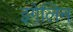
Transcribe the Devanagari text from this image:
इगेलिन